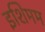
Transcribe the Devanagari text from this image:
इशिमम